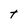
Character: t